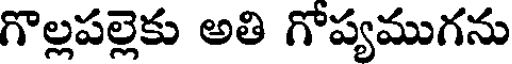
గొల్లపల్లెకు అతి గోప్యముగను